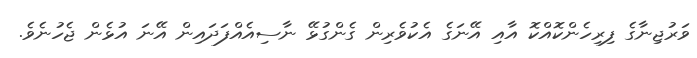
ވަރުޖިނާގެ ފިރިހެންކޮއްކޮ އާއި އޭނަގެ އެކުވެރިން ގެންގުޅޭ ނާސިއެއްފަދައިން އޭނަ އުޅެން ޖެހުނެވެ.